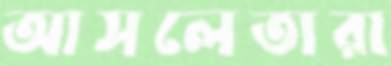
আসলেতারা